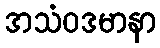
အသံဝဒမာနာ